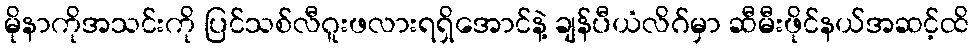
မိုနာကိုအသင်းကို ပြင်သစ်လီဂူးဖလားရရှိအောင်နဲ့ ချန်ပီယံလိဂ်မှာ ဆီမီးဖိုင်နယ်အဆင့်ထိ